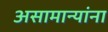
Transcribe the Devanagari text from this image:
असामान्यांना